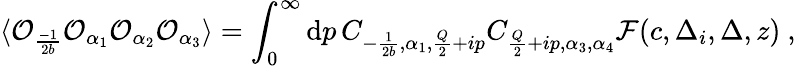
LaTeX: \langle\mathcal{O}_{\frac{-1}{2b}}\mathcal{O}_{\alpha_{1}}\mathcal{O}_{\alpha_{2}}\mathcal{O}_{\alpha_{3}}\rangle=\int_{0}^{\infty}\mathrm{{d}}p\, C_{-\frac{1}{2b},\alpha_{1},\frac{Q}{2}+ip}C_{\frac{Q}{2}+ip,\alpha_{3},\alpha_{4}}\mathcal{F}(c,\Delta_{i},\Delta,z)\ ,